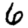
Digit: 6